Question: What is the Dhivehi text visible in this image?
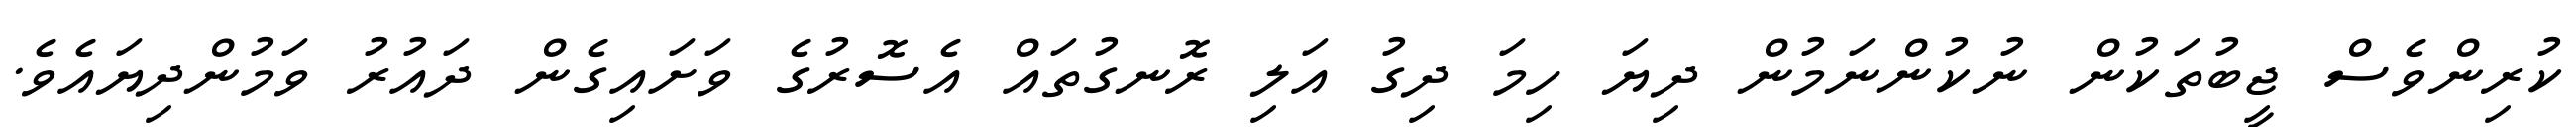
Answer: ކުރިންވެސް ޖީބުތަކުން ނުކުންނަމުން ދިޔަ ހިމަ ދިގު އަލި ރޮނގުތައް އެސޮރުގެ ވަށައިގެން ދައުރު ވަމުންދިޔައެވެ.